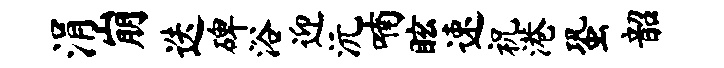
涓崩迭碑浴迎沅喃眩速祝港蛩韶